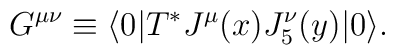
G^{\mu\nu}\equiv\langle 0|T^{*}J^{\mu}(x)J^{\nu}_{5}(y)|0\rangle.